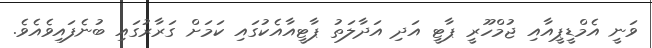
ވަނީ އެމްޑީޕީއާއި ޖުމްހޫރީ ޕާޓީ އަދި އަދާލަތު ޕާޓީއާއެކުގައި ކަމަށް ގަރާރުގައި ބުނެފައިވެއެވެ.